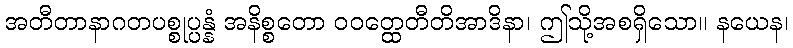
အတီတာနာဂတပစ္စုပ္ပန္နံ အနိစ္စတော ဝဝတ္ထေတီတိအာဒိနာ၊ ဤသို့အစရှိသော။ နယေန၊